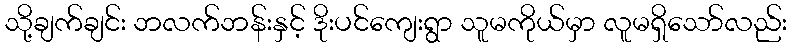
သို့ချက်ချင်း ဘလက်ဘန်းနှင့် ဒိုးပင်ကျေးရွာ သူမကိုယ်မှာ လူမရှိသော်လည်း